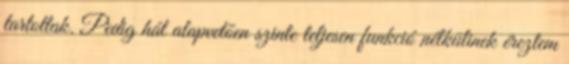
tartottak. Pedig hát alapvetően szinte teljesen funkció nélkülinek éreztem